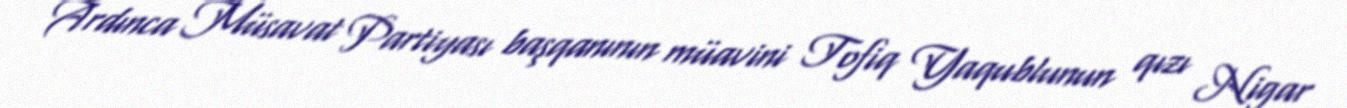
Ardınca Müsavat Partiyası başqanının müavini Tofiq Yaqublunun qızı Nigar